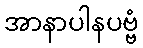
အာနာပါနပဗ္ဗံ